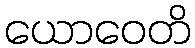
ယောဝေတိ